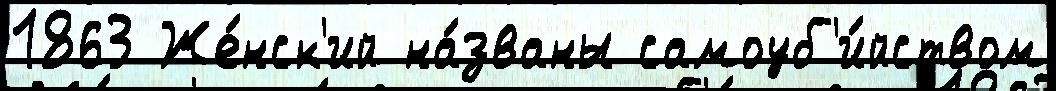
1863 Же́нск'ий на́званы самоуб'и́йством